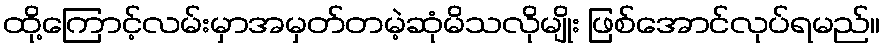
ထို့ကြောင့်လမ်းမှာအမှတ်တမဲ့ဆုံမိသလိုမျိုး ဖြစ်အောင်လုပ်ရမည်။